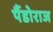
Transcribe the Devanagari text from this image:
पैंडोराज